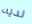
لديه